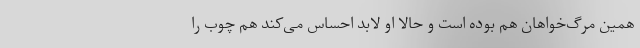
همین مرگ‌خواهان هم بوده است و حالا او لابد احساس می‌کند هم چوب را